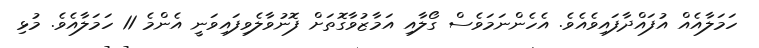
ހަމަލާއެއް އުފައްދާފައިވެއެވެ. އެހެންނަމަވެސް ގޯލާއި އަމާޒުވާގޮތަށް ފޮނުވާލެވިފައިވަނީ އެންމެ 11 ހަމަލާއެވެ. މުޅި